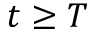
t \ge T